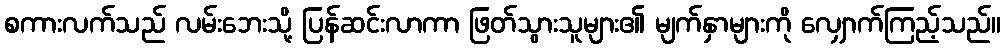
စကားလက်သည် လမ်းဘေးသို့ ပြန်ဆင်းလာကာ ဖြတ်သွားသူများ၏ မျက်နှာများကို လျှောက်ကြည့်သည်။